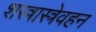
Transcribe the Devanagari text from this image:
शस्त्रास्त्रेवहन